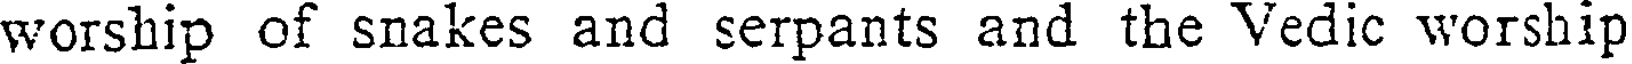
worship of snakes and serpants and the Vedic worship